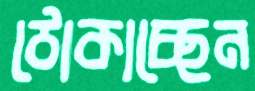
ঠোকাচ্ছেন